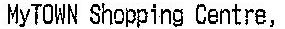
MYTOWN SHOPPING CENTRE,